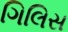
ગિલિસ